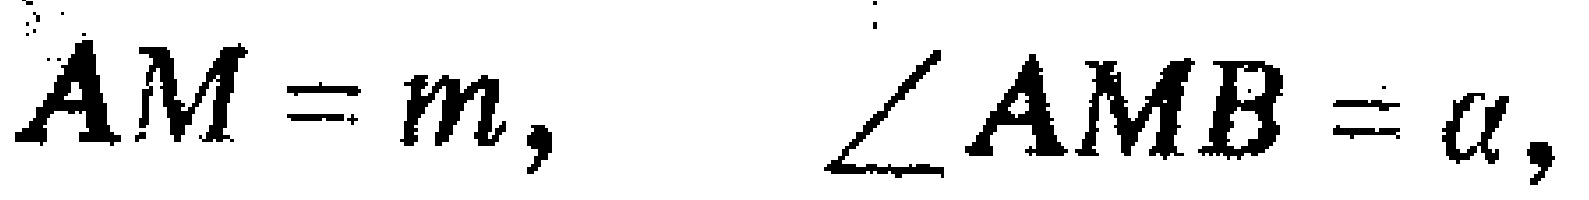
$AM = m,\quad\angle AMB=\alpha,$